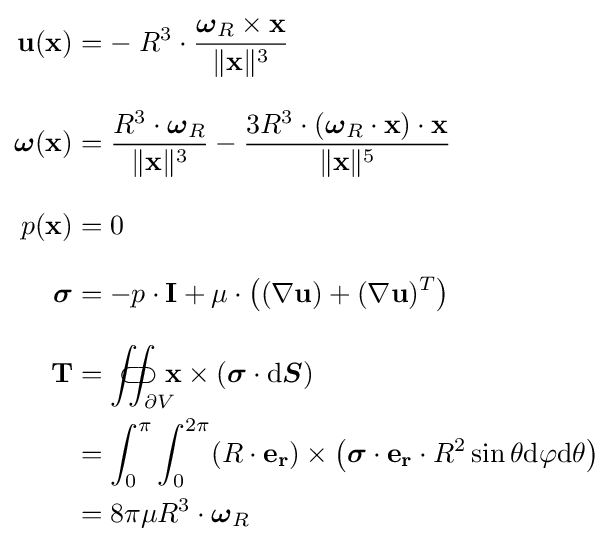
{\begin{aligned}\mathbf {u} (\mathbf {x} )&=-\;R^{3}\cdot {\frac {{\boldsymbol {\omega }}_{R}\times \mathbf {x} }{\|\mathbf {x} \|^{3}}}\\[8pt]{\boldsymbol {\omega }}(\mathbf {x} )&={\frac {R^{3}\cdot {\boldsymbol {\omega }}_{R}}{\|\mathbf {x} \|^{3}}}-{\frac {3R^{3}\cdot ({\boldsymbol {\omega }}_{R}\cdot \mathbf {x} )\cdot \mathbf {x} }{\|\mathbf {x} \|^{5}}}\\[8pt]p(\mathbf {x} )&=0\\[8pt]{\boldsymbol {\sigma }}&=-p\cdot \mathbf {I} +\mu \cdot \left((\nabla \mathbf {u} )+(\nabla \mathbf {u} )^{T}\right)\\[8pt]\mathbf {T} &=\iint _{\partial V}\!\!\!\!\!\!\!\!\!\!\!\!\!\!\subset \!\supset \mathbf {x} \times \left({\boldsymbol {\sigma }}\cdot {\text{d}}{\boldsymbol {S}}\right)\\&=\int _{0}^{\pi }\int _{0}^{2\pi }(R\cdot \mathbf {e_{r}} )\times \left({\boldsymbol {\sigma }}\cdot \mathbf {e_{r}} \cdot R^{2}\sin \theta {\text{d}}\varphi {\text{d}}\theta \right)\\&=8\pi \mu R^{3}\cdot {\boldsymbol {\omega }}_{R}\end{aligned}}